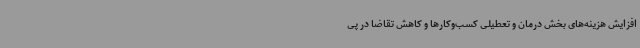
افزایش هزینه‌های بخش درمان و تعطیلی کسب‌وکارها و کاهش تقاضا در پی